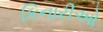
કિનારીઓ